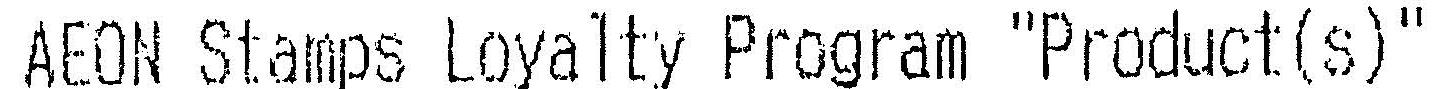
AEON STAMPS LOYALTY PROGRAM "PRODUCT(S)"